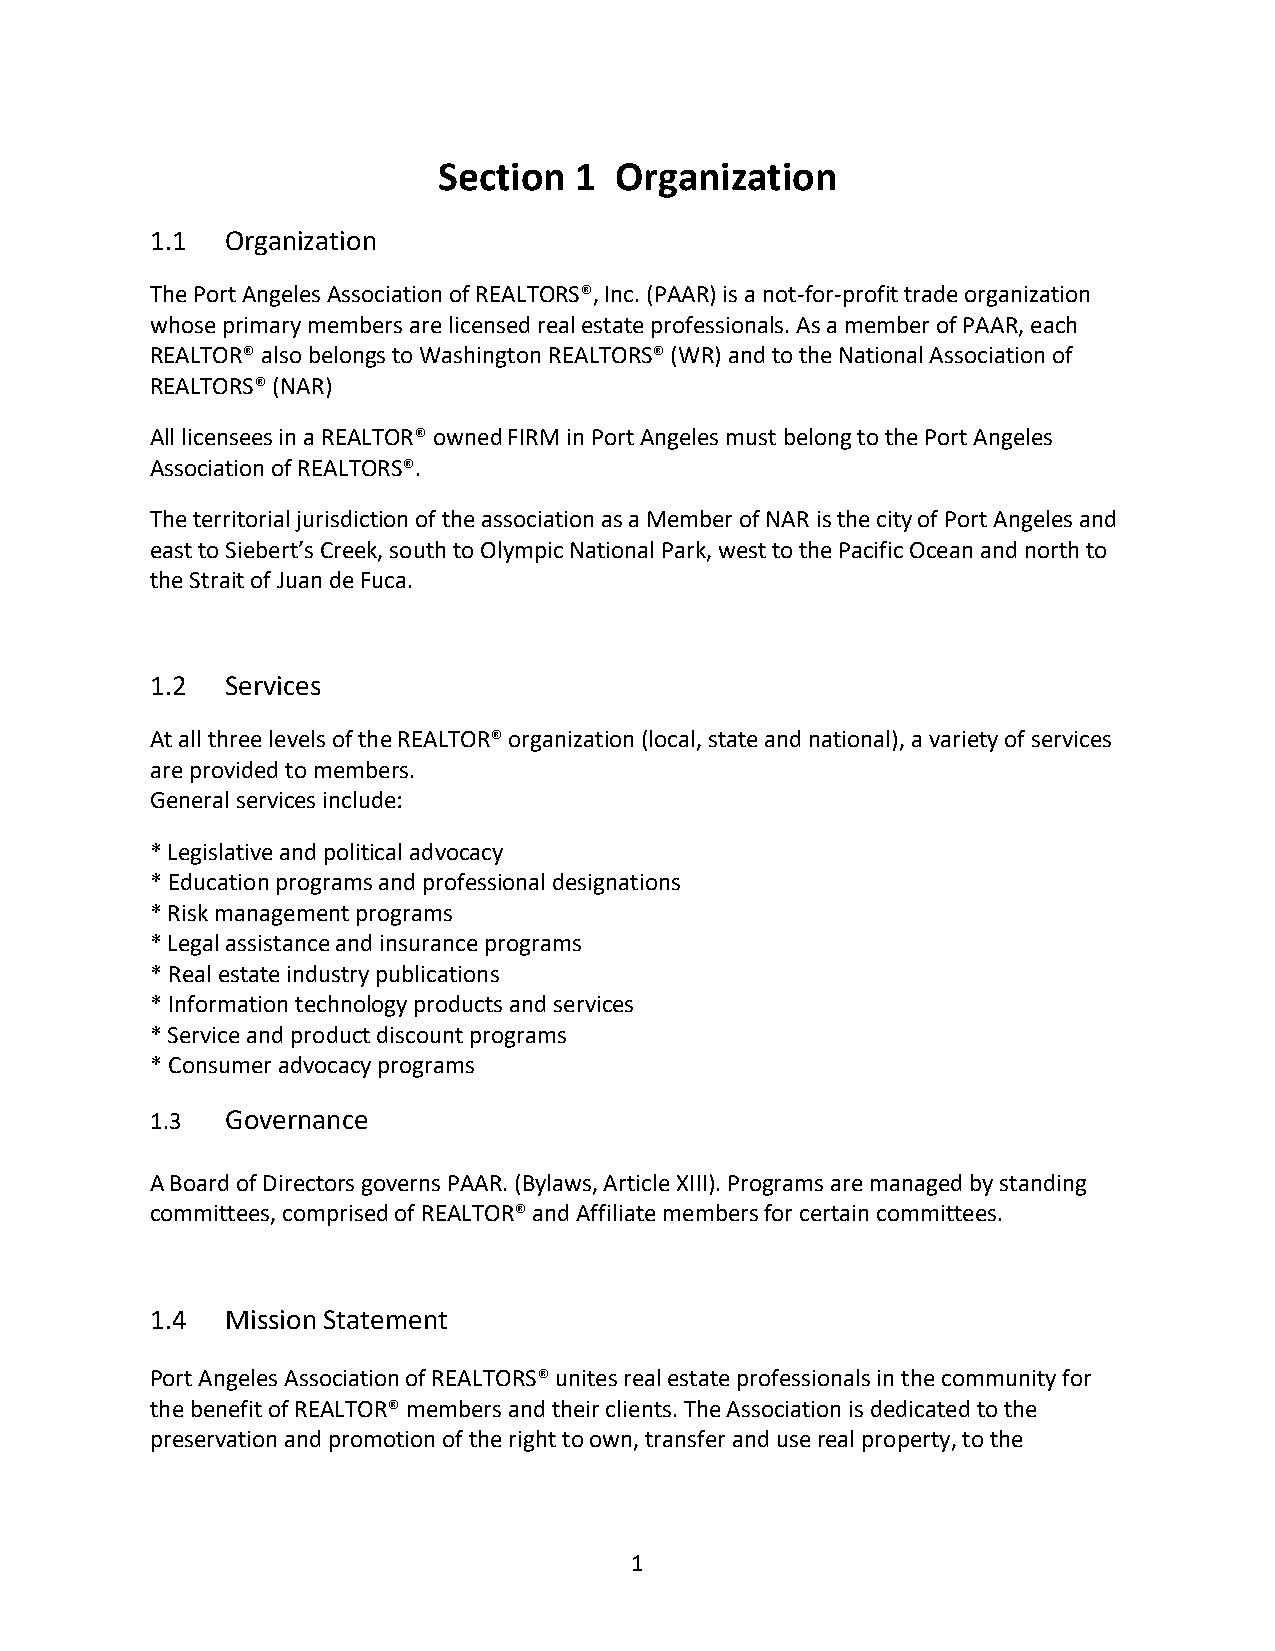
Section  1  Organization
 1.1  Organization
 The Port Angeles Association of REALTORS®, Inc. (PAAR) is a not-for-profit trade organization
 whose primary members are licensed real estate professionals. As a member of PAAR, each
 REALTOR® also belongs to Washington REALTORS® (WR) and to the National Association of
 REALTORS® (NAR)
 All licensees in a REALTOR® owned FIRM in Port Angeles must belong to the Port Angeles
 Association of REALTORS®.
 The territorial jurisdiction of the association as a Member of NAR is the city of Port Angeles and
 east to Siebert’s Creek, south to Olympic National Park, west to the Pacific Ocean and north to
 the Strait of Juan de Fuca.
 1.2  Services
 At all three levels of the REALTOR® organization (local, state and national), a variety of services
 are provided to members.
 General services include:
 * Legislative and political advocacy
 * Education programs and professional designations
 * Risk management programs
 * Legal assistance and insurance programs
 * Real estate industry publications
 * Information technology products and services
 * Service and product discount programs
 * Consumer advocacy programs
 1.3  Governance
 A Board of Directors governs PAAR. (Bylaws, Article XIII). Programs are managed by standing
 committees, comprised of REALTOR® and Affiliate members for certain committees.
 1.4  Mission Statement
 Port Angeles Association of REALTORS® unites real estate professionals in the community for
 the benefit of REALTOR® members and their clients. The Association is dedicated to the
 preservation and promotion of the right to own, transfer and use real property, to the
 1